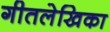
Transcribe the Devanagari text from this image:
गीतलेखिका